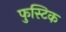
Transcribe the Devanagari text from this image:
फुस्टिक